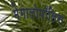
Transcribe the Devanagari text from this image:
मेगालोपॉलिस